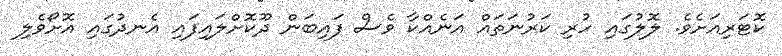
ކޮޓަރިއަށެވެ. ލޮލުގައި ހުރި ކަރުނަތައް އަނެއްކާ ވެސް ފައިބަން ދޫކޮށްލައިފައި އެނދުގައި އޮށޯވެލި